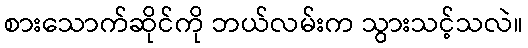
စားသောက်ဆိုင်ကို ဘယ်လမ်းက သွားသင့်သလဲ။